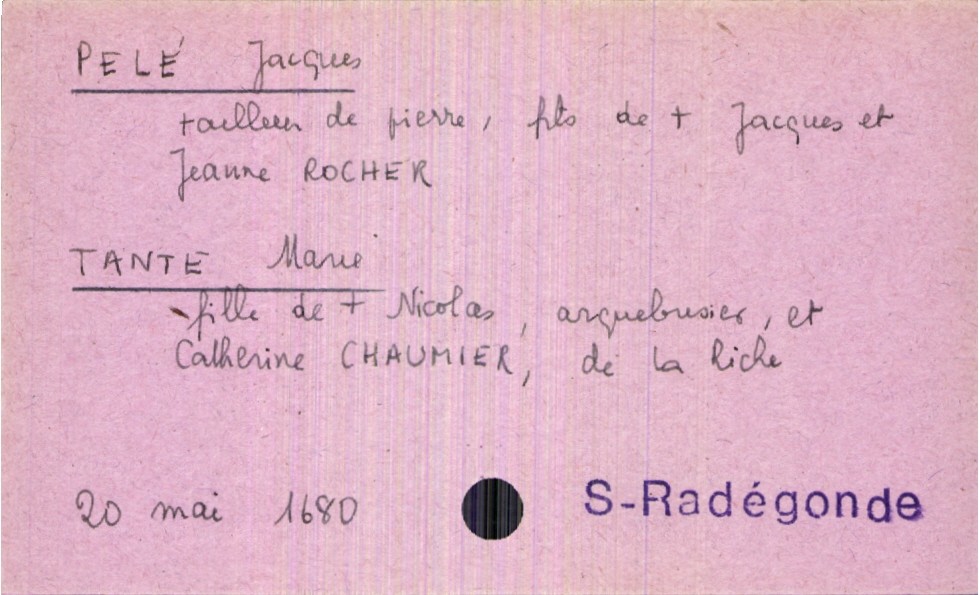
type_acte: Mariage
année: 1860
mois: mai
jour: 20
paroisse: Sainte-Radégonde
marié_nom: Pelé
marié_prénom: Jacques
marié_profession: tailleur de pierre
père_marié_nom: Pelé
père_marié_prénom: Jacques
père_marié_statut: décédé
mère_marié_nom: Rocher
mère_marié_prénom: Jeanne
mariée_nom: Tante
mariée_prénom: Marie
mariée_lieu_de_vie: La Riche
père_mariée_nom: Tante
père_mariée_prénom: Marie
père_mariée_profession: arquebusier
père_mariée_statut: décédé
mère_mariée_nom: Chaumier
mère_mariée_prénom: Catherine